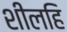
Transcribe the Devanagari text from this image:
शीलहि